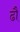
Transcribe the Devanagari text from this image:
ढौ